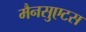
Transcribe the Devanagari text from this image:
मैनसुएटस